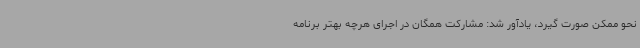
نحو ممکن صورت گیرد، یادآور شد: مشارکت همگان در اجرای هرچه بهتر برنامه